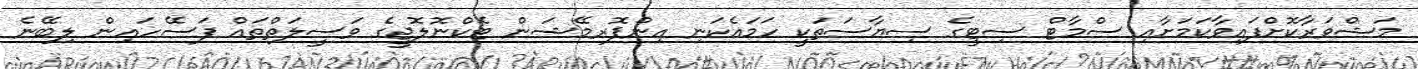
މަޝްވަރާކޮށްފައިވާކަމަށާއި ސްމާޓް ސިޓީގެ ސިޔާސަތަކީ ހަމައެކަނި އިންފޮރމޭޝަން ޓެކްނޮލޮޖީގެ ވަސީލަތްތައް ފަސޭހައިން ލިބޭނެ